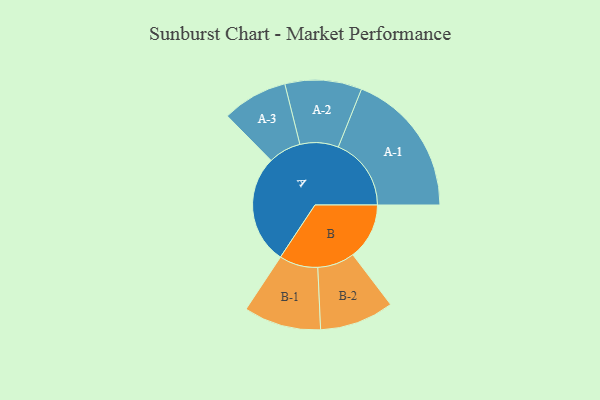
{"axis": {"x": "Segment", "y": "Value"}, "legend": ["", "A", "B"], "data": [{"x": "A", "y": 423, "type": ""}, {"x": "B", "y": 219, "type": ""}, {"x": "A-1", "y": 283, "type": "A"}, {"x": "A-2", "y": 149, "type": "A"}, {"x": "A-3", "y": 127, "type": "A"}, {"x": "B-1", "y": 150, "type": "B"}, {"x": "B-2", "y": 144, "type": "B"}]}